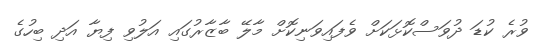
ވުރެ ކުޑަ ދުވަސްކޮޅަކަށް ވެފައިވަނިކޮށް މާލޭ ބާޒާރުގައި އަލުވި ފިޔާ އަދި ބިހުގެ